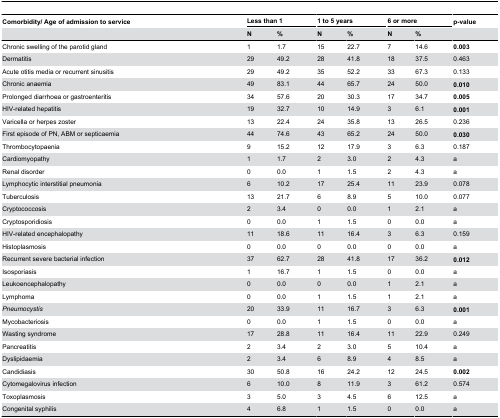
<table><thead><tr><td><b>Comorbidity/ Age of admission to service</b></td><td colspan="2"><b>Less than 1</b></td><td colspan="2"><b>1 to 5 years</b></td><td colspan="2"><b>6 or more</b></td><td><b>p-value</b></td></tr><tr><td></td><td><b>N</b></td><td><b>%</b></td><td><b>N</b></td><td><b>%</b></td><td><b>N</b></td><td><b>%</b></td><td></td></tr></thead><tbody><tr><td>Chronic swelling of the parotid gland</td><td>1</td><td>1.7</td><td>15</td><td>22.7</td><td>7</td><td>14.6</td><td><b>0.003</b></td></tr><tr><td>Dermatitis</td><td>29</td><td>49.2</td><td>28</td><td>41.8</td><td>18</td><td>37.5</td><td>0.463</td></tr><tr><td>Acute otitis media or recurrent sinusitis</td><td>29</td><td>49.2</td><td>35</td><td>52.2</td><td>33</td><td>67.3</td><td>0.133</td></tr><tr><td>Chronic anaemia</td><td>49</td><td>83.1</td><td>44</td><td>65.7</td><td>24</td><td>50.0</td><td><b>0.010</b></td></tr><tr><td>Prolonged diarrhoea or gastroenteritis</td><td>34</td><td>57.6</td><td>20</td><td>30.3</td><td>17</td><td>34.7</td><td><b>0.005</b></td></tr><tr><td>HIV-related hepatitis </td><td>19</td><td>32.7</td><td>10</td><td>14.9</td><td>3</td><td>6.1</td><td><b>0.001</b></td></tr><tr><td>Varicella or herpes zoster </td><td>13</td><td>22.4</td><td>24</td><td>35.8</td><td>13</td><td>26.5</td><td>0.236</td></tr><tr><td>First episode of PN, ABM or septicaemia </td><td>44</td><td>74.6</td><td>43</td><td>65.2</td><td>24</td><td>50.0</td><td><b>0.030</b></td></tr><tr><td>Thrombocytopaenia</td><td>9</td><td>15.2</td><td>12</td><td>17.9</td><td>3</td><td>6.3</td><td>0.187</td></tr><tr><td>Cardiomyopathy</td><td>1</td><td>1.7</td><td>2</td><td>3.0</td><td>2</td><td>4.3</td><td>a</td></tr><tr><td>Renal disorder</td><td>0</td><td>0.0</td><td>1</td><td>1.5</td><td>2</td><td>4.3</td><td>a</td></tr><tr><td>Lymphocytic interstitial pneumonia</td><td>6</td><td>10.2</td><td>17</td><td>25.4</td><td>11</td><td>23.9</td><td>0.078</td></tr><tr><td>Tuberculosis</td><td>13</td><td>21.7</td><td>6</td><td>8.9</td><td>5</td><td>10.0</td><td>0.077</td></tr><tr><td>Cryptococcosis</td><td>2</td><td>3.4</td><td>0</td><td>0.0</td><td>1</td><td>2.1</td><td>a</td></tr><tr><td>Cryptosporidiosis</td><td>0</td><td>0.0</td><td>1</td><td>1.5</td><td>0</td><td>0.0</td><td>a</td></tr><tr><td>HIV-related encephalopathy </td><td>11</td><td>18.6</td><td>11</td><td>16.4</td><td>3</td><td>6.3</td><td>0.159</td></tr><tr><td>Histoplasmosis</td><td>0</td><td>0.0</td><td>0</td><td>0.0</td><td>0</td><td>0.0</td><td>a</td></tr><tr><td>Recurrent severe bacterial infection</td><td>37</td><td>62.7</td><td>28</td><td>41.8</td><td>17</td><td>36.2</td><td><b>0.012</b></td></tr><tr><td>Isosporiasis</td><td>1</td><td>16.7</td><td>1</td><td>1.5</td><td>0</td><td>0.0</td><td>a</td></tr><tr><td>Leukoencephalopathy</td><td>0</td><td>0.0</td><td>0</td><td>0.0</td><td>1</td><td>2.1</td><td>a</td></tr><tr><td>Lymphoma</td><td>0</td><td>0.0</td><td>1</td><td>1.5</td><td>1</td><td>2.1</td><td>a</td></tr><tr><td><i>Pneumocystis</i></td><td>20</td><td>33.9</td><td>11</td><td>16.7</td><td>3</td><td>6.3</td><td><b>0.001</b></td></tr><tr><td>Mycobacteriosis</td><td>0</td><td>0.0</td><td>1</td><td>1.5</td><td>0</td><td>0.0</td><td>a</td></tr><tr><td>Wasting syndrome </td><td>17</td><td>28.8</td><td>11</td><td>16.4</td><td>11</td><td>22.9</td><td>0.249</td></tr><tr><td>Pancreatitis</td><td>2</td><td>3.4</td><td>2</td><td>3.0</td><td>5</td><td>10.4</td><td>a</td></tr><tr><td>Dyslipidaemia</td><td>2</td><td>3.4</td><td>6</td><td>8.9</td><td>4</td><td>8.5</td><td>a</td></tr><tr><td>Candidiasis</td><td>30</td><td>50.8</td><td>16</td><td>24.2</td><td>12</td><td>24.5</td><td><b>0.002</b></td></tr><tr><td>Cytomegalovirus infection</td><td>6</td><td>10.0</td><td>8</td><td>11.9</td><td>3</td><td>61.2</td><td>0.574</td></tr><tr><td>Toxoplasmosis</td><td>3</td><td>5.0</td><td>3</td><td>4.5</td><td>6</td><td>12.5</td><td>a</td></tr><tr><td>Congenital syphilis</td><td>4</td><td>6.8</td><td>1</td><td>1.5</td><td>0</td><td>0.0</td><td>a</td></tr></tbody></table>